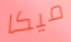
ميكا